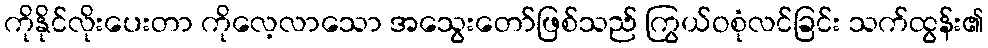
ကိုနိုင်လိုးပေးတာ ကိုလေ့လာသော အသွေးတော်ဖြစ်သည် ကြွယ်ဝစုံလင်ခြင်း သက်ထွန်း၏